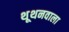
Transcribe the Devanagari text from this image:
थूथनवाला